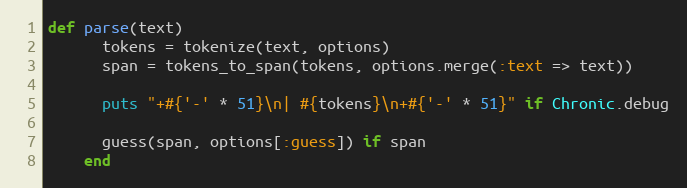
Language: Ruby
def parse(text)
      tokens = tokenize(text, options)
      span = tokens_to_span(tokens, options.merge(:text => text))

      puts "+#{'-' * 51}\n| #{tokens}\n+#{'-' * 51}" if Chronic.debug

      guess(span, options[:guess]) if span
    end